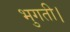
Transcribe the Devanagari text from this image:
भुगती।